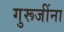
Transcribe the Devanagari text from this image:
गुरूजींना